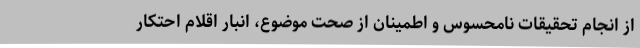
از انجام تحقیقات نامحسوس و اطمینان از صحت موضوع، انبار اقلام احتکار